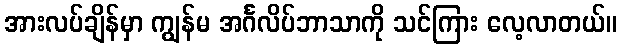
အားလပ်ချိန်မှာ ကျွန်မ အင်္ဂလိပ်ဘာသာကို သင်ကြား လေ့လာတယ်။